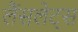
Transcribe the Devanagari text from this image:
लैंसलेट्स